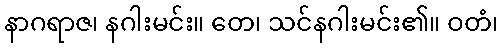
နာဂရာဇ၊ နဂါးမင်း။ တေ၊ သင်နဂါးမင်း၏။ ဝတံ၊